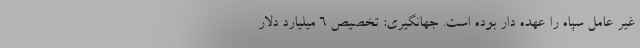
غیر عامل سپاه را عهده دار بوده است. جهانگیری: تخصیص ۶ میلیارد دلار